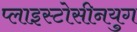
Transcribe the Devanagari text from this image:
प्लाइस्टोसीनयुग